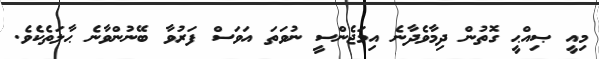
މިއީ ޞިއްޙީ ގޮތުން ދިމާވެދާނެ އިމަޖެންސީ ނުވަތަ އަވަސް ފަރުވާ ބޭނުންވާނެ ޙާލަތެކެވެ.